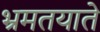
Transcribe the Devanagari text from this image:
भ्रमतयाते